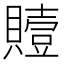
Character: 𮚢